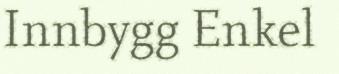
Innbygg Enkel